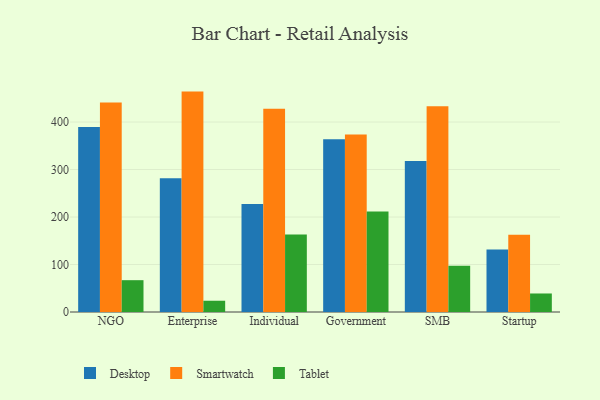
{"axis": {"x": "Segment", "y": "Revenue (USD Million)"}, "legend": ["Desktop", "Smartwatch", "Tablet"], "data": [{"x": "NGO", "y": 389.6, "type": "Desktop"}, {"x": "NGO", "y": 440.9, "type": "Smartwatch"}, {"x": "NGO", "y": 67.0, "type": "Tablet"}, {"x": "Enterprise", "y": 281.6, "type": "Desktop"}, {"x": "Enterprise", "y": 464.1, "type": "Smartwatch"}, {"x": "Enterprise", "y": 23.7, "type": "Tablet"}, {"x": "Individual", "y": 227.2, "type": "Desktop"}, {"x": "Individual", "y": 428.2, "type": "Smartwatch"}, {"x": "Individual", "y": 163.4, "type": "Tablet"}, {"x": "Government", "y": 363.6, "type": "Desktop"}, {"x": "Government", "y": 373.9, "type": "Smartwatch"}, {"x": "Government", "y": 211.4, "type": "Tablet"}, {"x": "SMB", "y": 318.1, "type": "Desktop"}, {"x": "SMB", "y": 433.5, "type": "Smartwatch"}, {"x": "SMB", "y": 97.5, "type": "Tablet"}, {"x": "Startup", "y": 131.5, "type": "Desktop"}, {"x": "Startup", "y": 162.9, "type": "Smartwatch"}, {"x": "Startup", "y": 39.0, "type": "Tablet"}]}